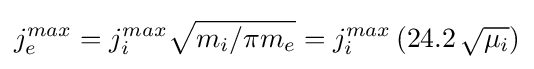
j_{e}^{max}=j_{i}^{max}{\sqrt {m_{i}/\pi m_{e}}}=j_{i}^{max}\left(24.2\,{\sqrt {\mu _{i}}}\right)